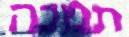
תמכה